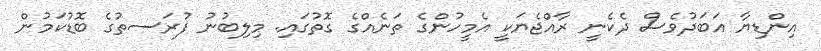
އިންޑިޔާ އަބަދުވެސް ދެކެނީ ރާއްޖެޔަކީ އެމީހުންގެ ތަނެއްގެ ގޮތުގައި. މިލިބުނު ފުރަސތުގެ ބޮޑުކަމުން